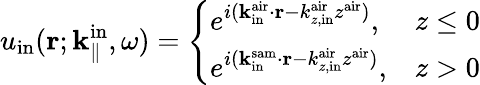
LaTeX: u_{\mathrm{in}}({\mathbf r};{\mathbf k}_{\parallel}^{\mathrm{in}},\omega)=\left\{ \begin{array}{ll}{e^{i({\mathbf k}_{\mathrm{in}}^{\mathrm{air}}\cdot{\mathbf r}-k_{z,\mathrm{in}}^{\mathrm{air}}z^{\mathrm{air}})},}&{z\leq 0}\\ {e^{i({\mathbf k}_{\mathrm{in}}^{\mathrm{sam}}\cdot{\mathbf r}-k_{z,\mathrm{in}}^{\mathrm{air}}z^{\mathrm{air}})},}&{z>0}\end{array}\right.